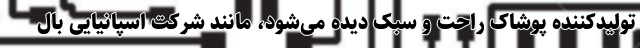
تولیدکننده پوشاک راحت و سبک دیده می‌شود، مانند شرکت اسپانیایی بال